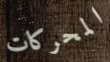
المحركات